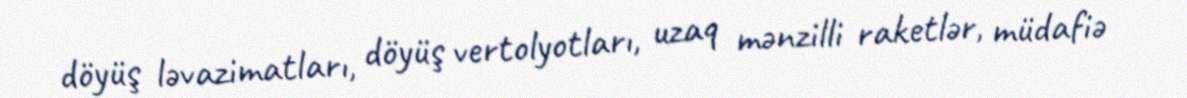
döyüş ləvazimatları, döyüş vertolyotları, uzaq mənzilli raketlər, müdafiə